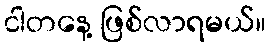
ငါတနေ့ ဖြစ်လာရမယ်။